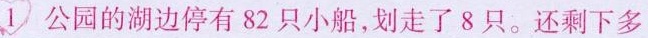
①公园的湖边停有82只小船，划走了8只。还剩下多